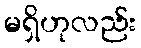
မရှိဟုလည်း